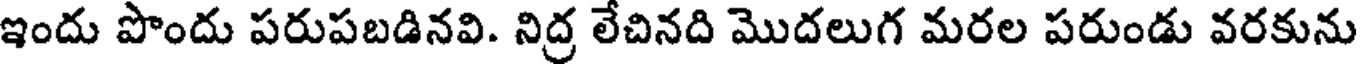
ఇందు పొందు పరుపబడినవి. నిద్ర లేచినది మొదలుగ మరల పరుండు వరకును